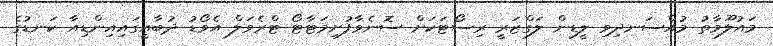
މައުލޫމާތު މުއްސަނދިވި ލީޑިން ލަގްޒަރީ ރިސޯޓަކަށް ސޮނެވާފުށިމަޓާޓޯ ޓްރެވަލް އެވޯޑު ދުބާއީގައިއިންޑިއާ ކަނޑުގެ